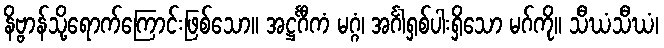
နိဗ္ဗာန်သို့ရောက်ကြောင်းဖြစ်သော။ အဋ္ဌင်္ဂီကံ မဂ္ဂံ၊ အင်္ဂါရှစ်ပါးရှိသော မဂ်ကို။ သီဃံသီဃံ၊